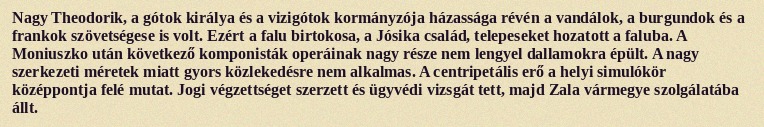
Nagy Theodorik, a gótok királya és a vizigótok kormányzója házassága révén a vandálok, a burgundok és a frankok szövetségese is volt. Ezért a falu birtokosa, a Jósika család, telepeseket hozatott a faluba. A Moniuszko után következő komponisták operáinak nagy része nem lengyel dallamokra épült. A nagy szerkezeti méretek miatt gyors közlekedésre nem alkalmas. A centripetális erő a helyi simulókör középpontja felé mutat. Jogi végzettséget szerzett és ügyvédi vizsgát tett, majd Zala vármegye szolgálatába állt.